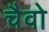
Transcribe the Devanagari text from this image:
चैवो